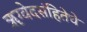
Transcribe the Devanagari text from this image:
ॠग्वेदसंहितेचे